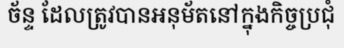
ច័ន្ទ ដែលត្រូវបានអនុម័តនៅក្នុងកិច្ចប្រជុំ